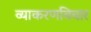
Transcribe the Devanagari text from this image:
व्याकरणविचार